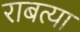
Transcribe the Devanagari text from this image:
राबत्या